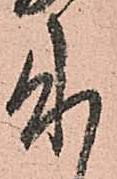
来